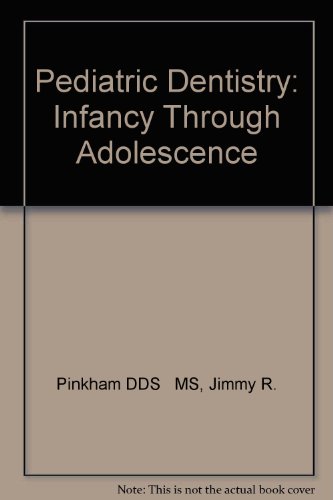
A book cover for Pediatric Dentistry: Infancy Through Adolescence (Saunders core textbook in dentistry); J. R. Pinkham; Medical Books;